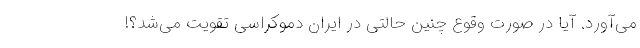
می‌آورد. آیا در صورت وقوع چنین حالتی در ایران دموکراسی تقویت می‌شد؟!